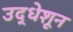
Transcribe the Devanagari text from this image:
उद्धेशून